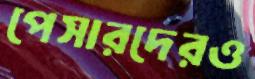
পেসারদেরও